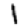
Digit: 1